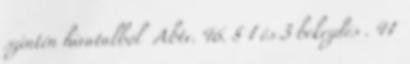
szintén hivatalból Abtv. 46. § 1 és 3 bekezdés . 41